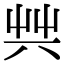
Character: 𠔖